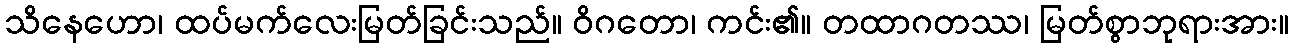
သိနေဟော၊ ထပ်မက်လေးမြတ်ခြင်းသည်။ ဝိဂတော၊ ကင်း၏။ တထာဂတဿ၊ မြတ်စွာဘုရားအား။